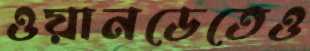
ওয়ানডেতেও